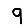
Digit: 9